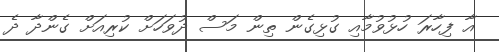
އާ ފިހާރަ ހުޅުވުމާއި ގުޅިގެން ތިން މަސް ދުވަހަށް ކުރިއަށް ގެންދާ ދެ